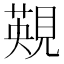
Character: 䚆